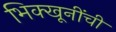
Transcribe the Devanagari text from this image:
भिक्खूनींची